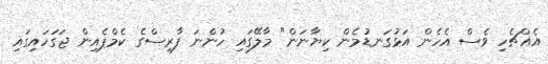
އެއްޗެހި ވެސް އެހެން އަޅުގަނޑުމެން ކިޔާނަން" މާލޭގައި ހުންނަ ފާރިސްގެ ކެމްޕެއިން ޖަގަހައިގައި